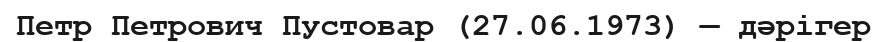
Петр Петрович Пустовар (27.06.1973) — дәрігер